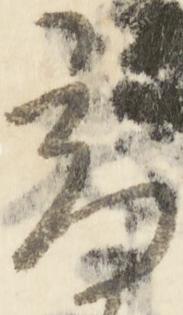
高